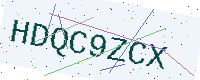
Text: HDQC9ZCX